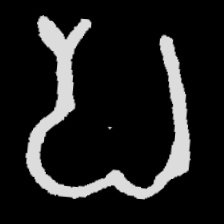
Pyu character \u2014 Myanmar letter: ပ (romanized: pa)